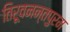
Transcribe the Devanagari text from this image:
तिरूवनन्तपुरम